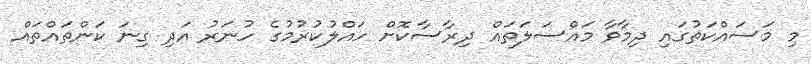
މި މަސައްކަތުގައި ދިމާވާ މައްސަލަތައް ދިރާސާކޮށް ހައްލުކުރުމުގެ ހުނަރު އަދި ގިނަ ކަންތައްތައް